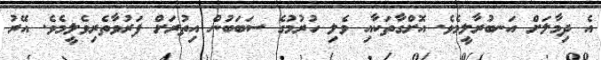
އެ ދިމާލަށް އަނބުރާލީމެވެ. އޮށްގާތަކާއި ވެލި ހުރުމުގެ ސަބަބުން އިތުރަށް ފަރުވާތެރިވެލީމެވެ. އޭރު